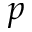
p